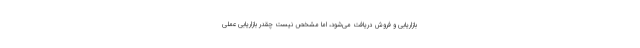
بازاریابی و فروش دریافت می‌شود، اما مشخص نیست چقدر بازاریابی عملی